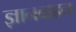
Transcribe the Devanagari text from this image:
ज्ञानवाहन